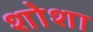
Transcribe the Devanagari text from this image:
शोशा